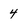
Character: 4